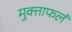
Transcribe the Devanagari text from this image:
मुक्ताफलं